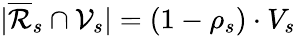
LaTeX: |\overline{{\mathcal{R}}}_{s}\cap\mathcal{V}_{s}|=(1-\rho_{s})\cdot V_{s}